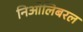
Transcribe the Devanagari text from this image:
निओलिबरल